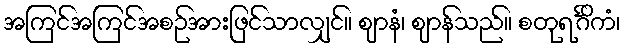
အကြင်အကြင်အစဉ်အားဖြင်သာလျှင်။ ဈာနံ၊ ဈာန်သည်။ စတုရင်္ဂိကံ၊